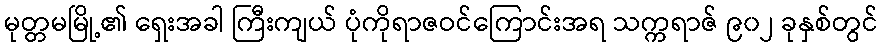
မုတ္တမမြို့၏ ရှေးအခါ ကြီးကျယ် ပုံကိုရာဇဝင်ကြောင်းအရ သက္ကရာဇ် ၉၀၂ ခုနှစ်တွင်